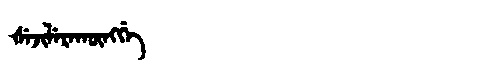
Manchu: ᡧᡝᠵᡳᠯᡝᡵᠠᡴᡡᠩᡤᡝ
Romanization: ŠEJILERAKŪNGGE